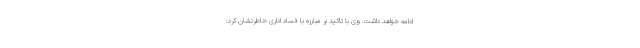
ادامه خواهد داشت. وی با تاکید بر مبارزه با فساد اداری خاطرنشان کرد: